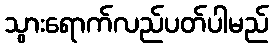
သွားရောက်လည်ပတ်ပါမည်